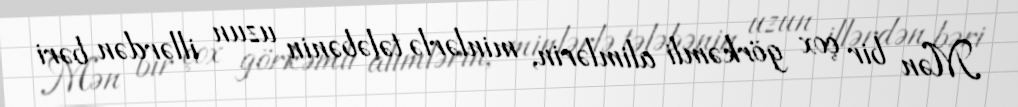
Mən bir çox görkəmli alimlərin, minlərlə tələbənin uzun illərdən bəri